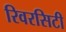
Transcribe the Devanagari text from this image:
रिवरसिटी